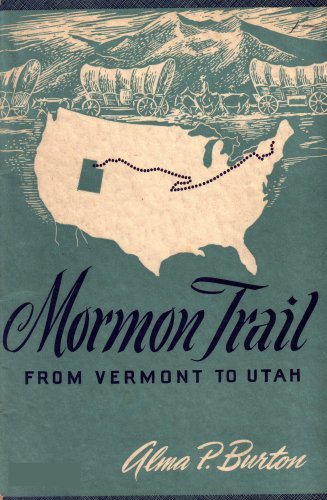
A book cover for Mormon Trail from Vermont to Utah.; Alma P. Burton; Travel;